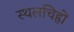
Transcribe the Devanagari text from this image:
स्थलचिह्रों